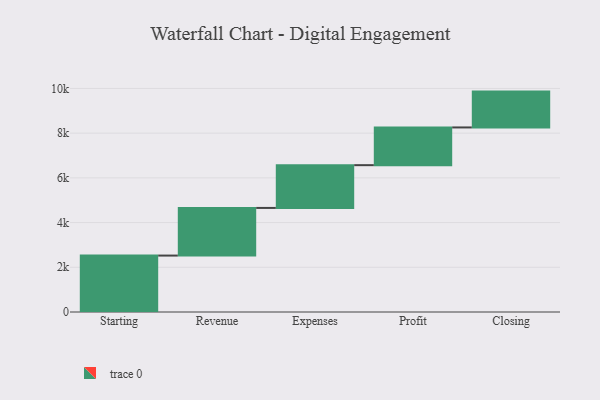
{"axis": {"x": "Step", "y": "Value"}, "legend": [""], "data": [{"x": "Starting", "y": 2524.0, "type": ""}, {"x": "Revenue", "y": 2131.0, "type": ""}, {"x": "Expenses", "y": 1913.0, "type": ""}, {"x": "Profit", "y": 1687.0, "type": ""}, {"x": "Closing", "y": 1603.0, "type": ""}]}